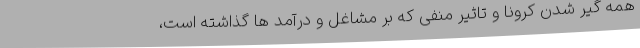
همه گیر شدن کرونا و تاثیر منفی که بر مشاغل و درآمد ها گذاشته است،